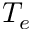
T _ { e }